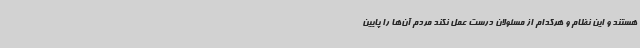
هستند و این نظام و هرکدام از مسئولان درست عمل نکند مردم آن‌ها را پایین